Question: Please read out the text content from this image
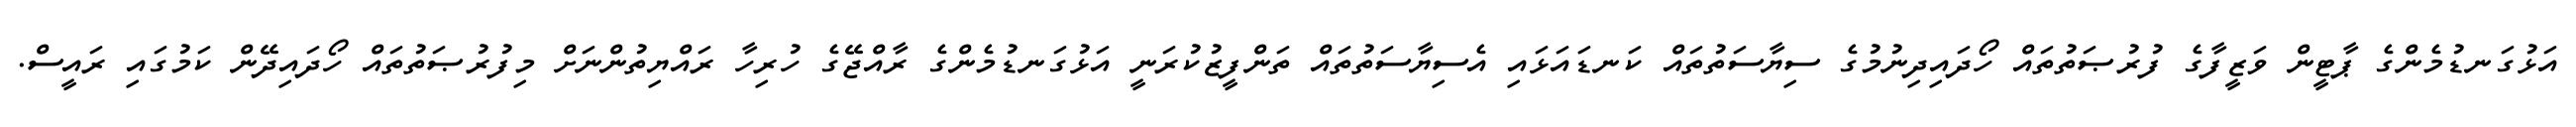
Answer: އަޅުގަނޑުމެންގެ ޕާޓީން ވަޒީފާގެ ފުރުޞަތުތައް ހޯދައިދިނުމުގެ ސިޔާސަތުތައް ކަނޑައަޅައި އެސިޔާސަތުތައް ތަންފީޒުކުރަނީ އަޅުގަނޑުމެންގެ ރާއްޖޭގެ ހުރިހާ ރައްޔިތުންނަށް މިފުރުޞަތުތައް ހޯދައިދޭން ކަމުގައި ރައީސް.